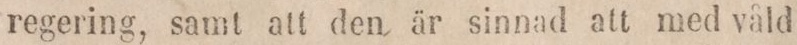
regering, samt att den är sinnad att med våld